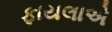
ફાયલાએ